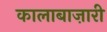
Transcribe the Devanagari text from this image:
कालाबाज़ारी